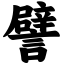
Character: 譬